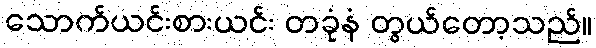
သောက်ယင်းစားယင်း တခုံနံ တွယ်တော့သည်။